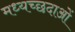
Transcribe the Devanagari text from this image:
मध्यच्छदाओं